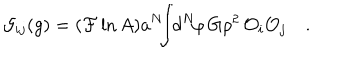
LaTeX: { \cal G } _ { i j } ( g ) = ( { \cal F } \ln A ) a ^ { N } \! \! \! \int \! \! d ^ { N } \! \varphi \, G \rho ^ { 2 } \, { \cal O } _ { i } { \cal O } _ { j } \quad .